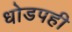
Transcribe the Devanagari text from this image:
धोडपही